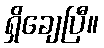
ရှိချေပြီ။